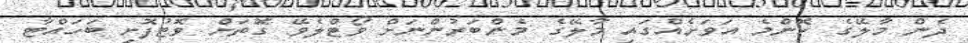
ދެން މާލޭގެ ކޮންމެ އަވަށެއްގައި މާލޭގެ މެންބަރުންނަށް ވޯޓްލެވޭ ގޮތަށް ވޮޓުފޮށި ބަހައްޓާ